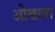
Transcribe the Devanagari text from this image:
ओखावा